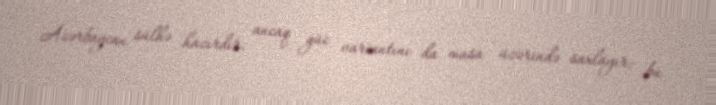
Azərbaycan sülhə hazırdır, ancaq güc variantını da masa üzərində saxlayır; bu